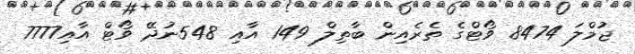
ޖުމްލަ 8474 ވޯޓްގެ ތެރެއިން ބާތިލް 149 އާއި 548ނުދޭ ވޯޓް އާއި7777